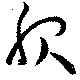
服